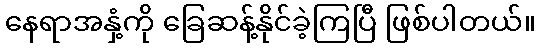
နေရာအနှံ့ကို ခြေဆန့်နိုင်ခဲ့ကြပြီ ဖြစ်ပါတယ်။